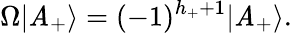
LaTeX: \Omega|\mathit{A}_{+}\rangle=(-1)^{h_{+}+1}|\mathit{A}_{+}\rangle.